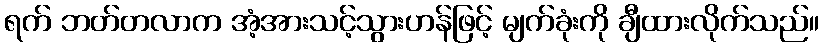
ရက် ဘတ်တလာက အံ့အားသင့်သွားဟန်ဖြင့် မျက်ခုံးကို ချီထားလိုက်သည်။